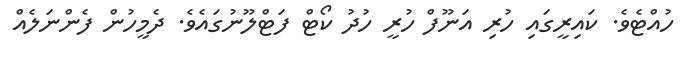
ހުއްޓެވެ. ކައިރީގައި ހުރި އަނޫފް ހުރީ ހުދު ކޯޓް ފަޓްލޫނުގައެވެ. ދެމީހުން ފެންނަލެއް